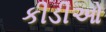
કીડીઓ